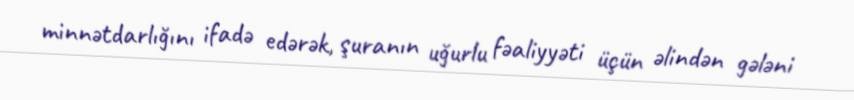
minnətdarlığını ifadə edərək, şuranın uğurlu fəaliyyəti üçün əlindən gələni